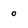
Character: o